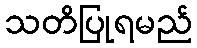
သတိပြုရမည်